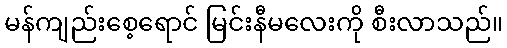
မန်ကျည်းစေ့ရောင် မြင်းနီမလေးကို စီးလာသည်။